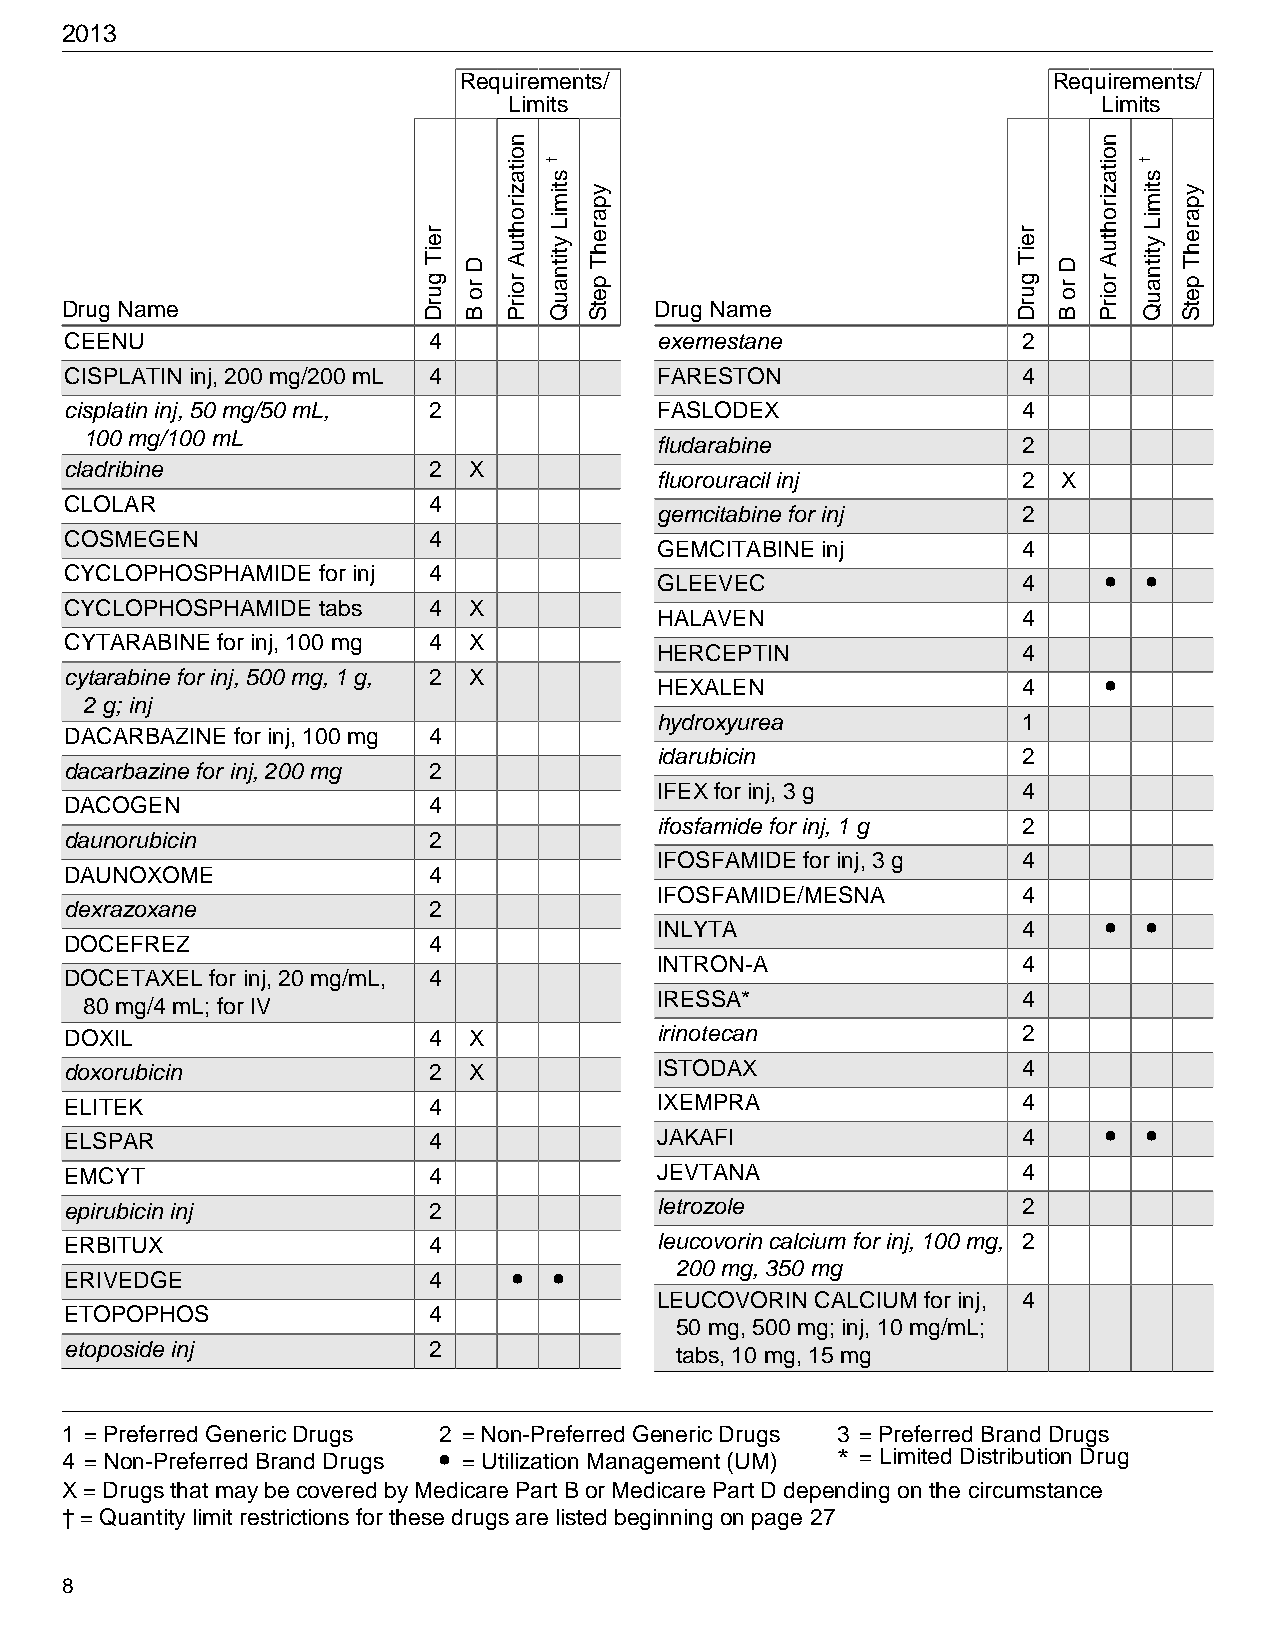
2013
 Requirements/                           Requirements/
 Limits                                 Limits
 Drug Name                              Drug Name
 CEENU                   4               exemestane              2
 CISPLATIN inj, 200 mg/200 mL 4          FARESTON                4
 cisplatin inj, 50 mg/50 mL, 2           FASLODEX                4
 100 mg/100 mL
 fludarabine             2
 cladribine              2  X
 fluorouracil inj        2 X
 CLOLAR                  4
 gemcitabine for inj     2
 COSMEGEN                4
 GEMCITABINE inj         4
 CYCLOPHOSPHAMIDE for inj 4              GLEEVEC                 4    •  •
 CYCLOPHOSPHAMIDE tabs   4  X
 HALAVEN                 4
 CYTARABINE for inj, 100 mg 4 X
 HERCEPTIN               4
 cytarabine for inj, 500 mg, 1 g, 2 X    HEXALEN                 4    •
 2 g; inj
 hydroxyurea             1
 DACARBAZINE for inj, 100 mg 4
 idarubicin              2
 dacarbazine for inj, 200 mg 2
 IFEX for inj, 3 g       4
 DACOGEN                 4
 ifosfamide for inj, 1 g 2
 daunorubicin            2
 IFOSFAMIDE for inj, 3 g 4
 DAUNOXOME               4
 IFOSFAMIDE/MESNA        4
 dexrazoxane             2
 INLYTA                  4    •  •
 DOCEFREZ                4
 INTRON-A                4
 DOCETAXEL for inj, 20 mg/mL, 4
 IRESSA*                 4
 80 mg/4 mL; for IV
 DOXIL                   4  X            irinotecan              2
 doxorubicin             2  X            ISTODAX                 4
 ELITEK                  4               IXEMPRA                 4
 ELSPAR                  4               JAKAFI                  4    •  •
 EMCYT                   4               JEVTANA                 4
 epirubicin inj          2               letrozole               2
 ERBITUX                 4               leucovorin calcium for inj, 100 mg, 2
 200 mg, 350 mg
 ERIVEDGE                4     •  •
 LEUCOVORIN CALCIUM for inj, 4
 ETOPOPHOS               4
 50 mg, 500 mg; inj, 10 mg/mL;
 etoposide inj           2                tabs, 10 mg, 15 mg
 1 = Preferred Generic Drugs 2 = Non-Preferred Generic Drugs 3 = Preferred Brand Drugs
 4 = Non-Preferred Brand Drugs • = Utilization Management (UM) * = Limited Distribution Drug
 X = Drugs that may be covered by Medicare Part B or Medicare Part D depending on the circumstance
 † = Quantity limit restrictions for these drugs are listed beginning on page 27
 8
 reiT
 gurD
 D
 ro
 B
 noitazirohtuA
 roirP
 †
 stimiL
 ytitnauQ
 yparehT
 petS
 reiT
 gurD
 D
 ro
 B
 noitazirohtuA
 roirP
 †
 stimiL
 ytitnauQ
 yparehT
 petS